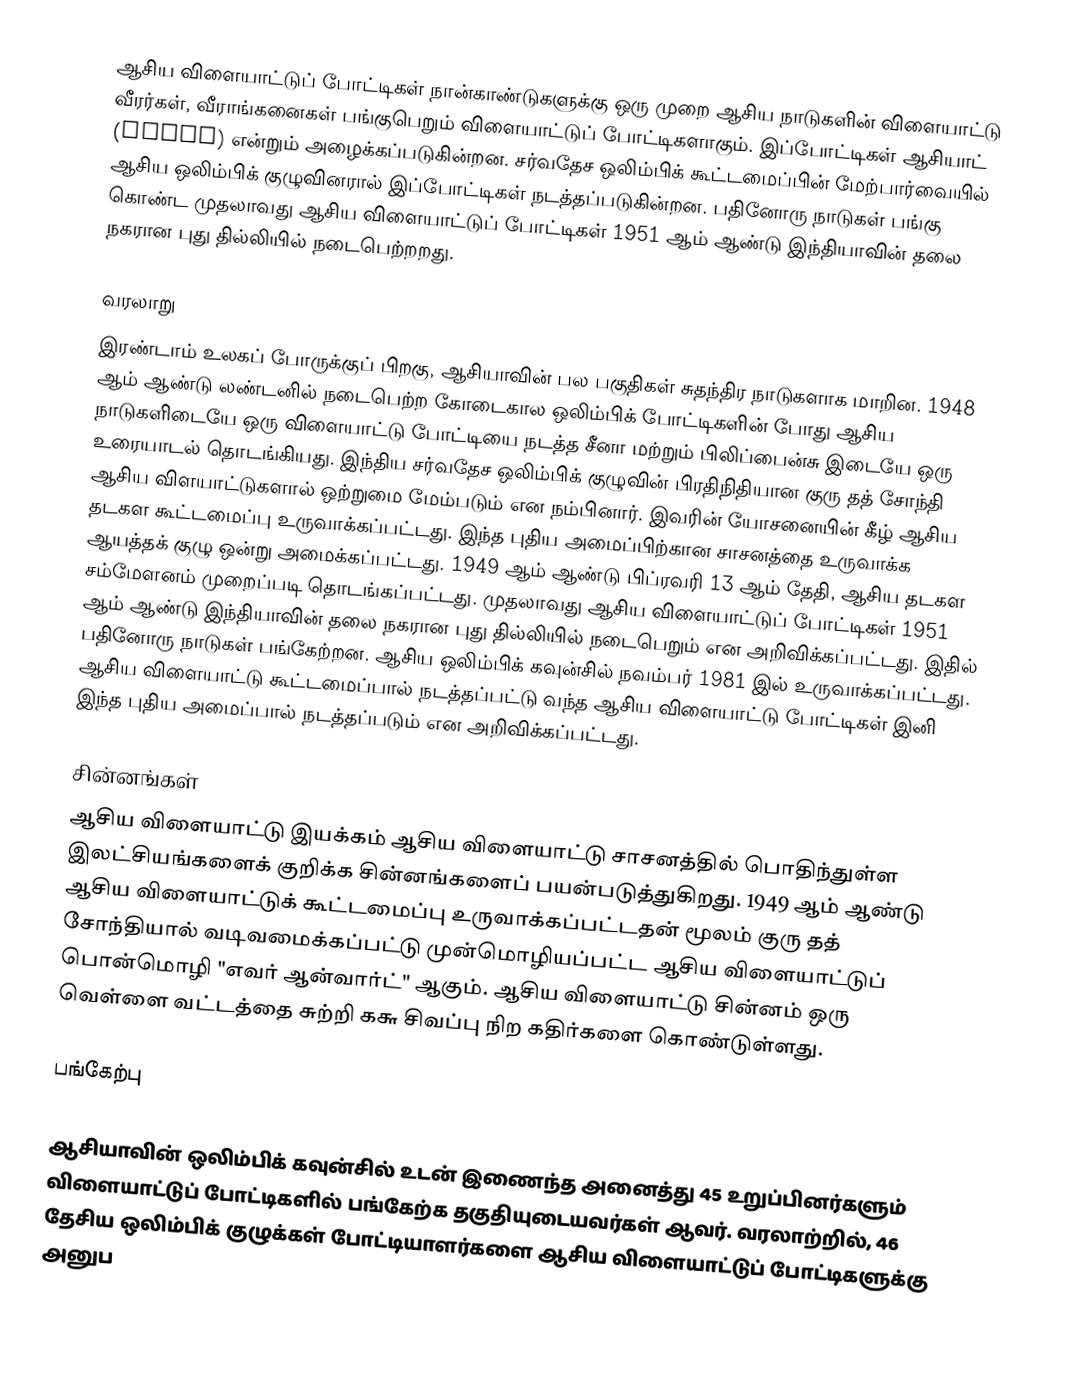
ஆசிய விளையாட்டுப் போட்டிகள் நான்காண்டுகளுக்கு ஒரு முறை ஆசிய நாடுகளின் விளையாட்டு வீரர்கள், வீராங்கனைகள் பங்குபெறும் விளையாட்டுப் போட்டிகளாகும். இப்போட்டிகள் ஆசியாட் (Asiad) என்றும் அழைக்கப்படுகின்றன. சர்வதேச ஒலிம்பிக் கூட்டமைப்பின் மேற்பார்வையில் ஆசிய ஒலிம்பிக் குழுவினரால் இப்போட்டிகள் நடத்தப்படுகின்றன. பதினோரு நாடுகள் பங்கு கொண்ட முதலாவது ஆசிய விளையாட்டுப் போட்டிகள் 1951 ஆம் ஆண்டு இந்தியாவின் தலை நகரான புது தில்லியில் நடைபெற்றறது.

வரலாறு
இரண்டாம் உலகப் போருக்குப் பிறகு, ஆசியாவின் பல பகுதிகள் சுதந்திர நாடுகளாக மாறின. 1948 ஆம் ஆண்டு லண்டனில் நடைபெற்ற கோடைகால ஒலிம்பிக் போட்டிகளின் போது ஆசிய நாடுகளிடையே ஒரு விளையாட்டு போட்டியை நடத்த சீனா மற்றும் பிலிப்பைன்சு இடையே ஒரு உரையாடல் தொடங்கியது. இந்திய சர்வதேச ஒலிம்பிக் குழுவின் பிரதிநிதியான குரு தத் சோந்தி ஆசிய விளயாட்டுகளால் ஒற்றுமை மேம்படும் என நம்பினார். இவரின் யோசனையின் கீழ் ஆசிய தடகள கூட்டமைப்பு உருவாக்கப்பட்டது. இந்த புதிய அமைப்பிற்கான சாசனத்தை உருவாக்க ஆயத்தக் குழு ஒன்று அமைக்கப்பட்டது. 1949 ஆம் ஆண்டு பிப்ரவரி 13 ஆம் தேதி, ஆசிய தடகள சம்மேளனம் முறைப்படி தொடங்கப்பட்டது. முதலாவது ஆசிய விளையாட்டுப் போட்டிகள் 1951 ஆம் ஆண்டு இந்தியாவின் தலை நகரான புது தில்லியில் நடைபெறும் என அறிவிக்கப்பட்டது. இதில் பதினோரு நாடுகள் பங்கேற்றன. ஆசிய ஒலிம்பிக் கவுன்சில் நவம்பர் 1981 இல் உருவாக்கப்பட்டது. ஆசிய விளையாட்டு கூட்டமைப்பால் நடத்தப்பட்டு வந்த ஆசிய விளையாட்டு போட்டிகள் இனி இந்த புதிய அமைப்பால் நடத்தப்படும் என அறிவிக்கப்பட்டது.

சின்னங்கள்
ஆசிய விளையாட்டு இயக்கம் ஆசிய விளையாட்டு சாசனத்தில் பொதிந்துள்ள இலட்சியங்களைக் குறிக்க சின்னங்களைப் பயன்படுத்துகிறது. 1949 ஆம் ஆண்டு ஆசிய விளையாட்டுக் கூட்டமைப்பு உருவாக்கப்பட்டதன் மூலம் குரு தத் சோந்தியால் வடிவமைக்கப்பட்டு முன்மொழியப்பட்ட ஆசிய விளையாட்டுப் பொன்மொழி "எவர் ஆன்வார்ட்" ஆகும். ஆசிய விளையாட்டு சின்னம் ஒரு வெள்ளை வட்டத்தை சுற்றி ௧௬ சிவப்பு நிற கதிர்களை கொண்டுள்ளது.

பங்கேற்பு

ஆசியாவின் ஒலிம்பிக் கவுன்சில் உடன் இணைந்த அனைத்து 45 உறுப்பினர்களும் விளையாட்டுப் போட்டிகளில் பங்கேற்க தகுதியுடையவர்கள் ஆவர். வரலாற்றில், 46 தேசிய ஒலிம்பிக் குழுக்கள் போட்டியாளர்களை ஆசிய விளையாட்டுப் போட்டிகளுக்கு அனுப